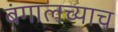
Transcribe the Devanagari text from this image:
बंगालच्याच